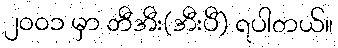
၂၀၀၁ မှာ ဘီအီး(အီးပီ) ရပါတယ်။